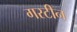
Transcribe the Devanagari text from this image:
गरटीन